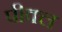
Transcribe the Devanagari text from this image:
पीक्ल